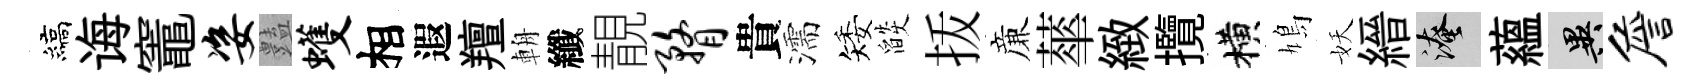
縞诲竈姿𧰟蠖相遐羶輈纖靚瞀貴濡矮燄㧞亷蕐緻攬横鳩妖縉淹蘊异詹